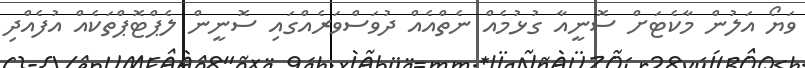
ވަޔޯ އަލުން މާކެޓަށް ސޮނީއާ ގުޅުމެއް ނެތްއެއް ދުވަސްވަރެއްގައި ސޮނީން ލެޕްޓޮޕްތަކެއް އުފެއްދި